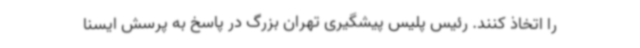
را اتخاذ کنند. رئیس پلیس پیشگیری تهران بزرگ در پاسخ به پرسش ایسنا